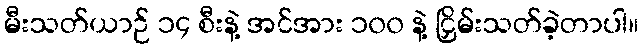
မီးသတ်ယာဉ် ၁၄ စီးနဲ့ အင်အား ၁၀၀ နဲ့ ငြှိမ်းသတ်ခဲ့တာပါ။